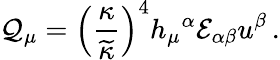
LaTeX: {\cal Q}_{\mu}=\left({\frac{\kappa}{\widetilde\kappa}}\right)^{4}h_{\mu}{}^{\alpha}{\cal E}_{\alpha\beta}u^{\beta}\, .